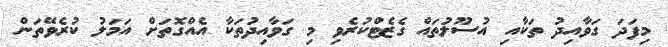
މިފަދަ ގަވާއިދު ތަކާއި އުސޫލުތައް ގެޒެޓްކުރެވި މި ގަވާއިދުތަކާ އެއްގޮތަށް އަމަލު ކުރެވޭތަން